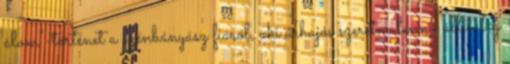
álom"-történet a szénbányász fiáról, aki űrhajós szeretne lenni, állítólag